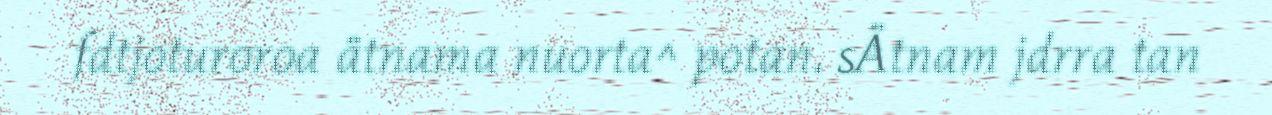
fdtjoturoroa ätnama nuorta^ potan. sÄtnam jdrra tan